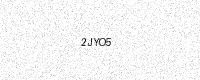
Text: 2JYO5